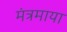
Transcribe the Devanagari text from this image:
मंत्रमाया